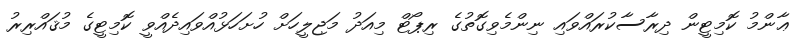
ޢާންމު ކޮމިޓީން ދިރާސާކުރައްވައި ނިންމެވިގޮތުގެ ރިޕޯޓް މިއަދު މަޖިލީހަށް ހުށަހަޅުއްވައިދެއްވީ ކޮމިޓީގެ މުޤައްރިރު